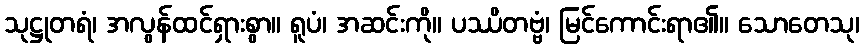
သုဋ္ဌုတရံ၊ အလွန်ထင်ရှားစွာ။ ရူပံ၊ အဆင်းကို။ ပဿိတဗ္ဗံ၊ မြင်ကောင်းရာ၏။ သောတေသု၊